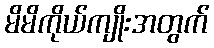
မိမိကိုယ်ကျိုးအတွက်